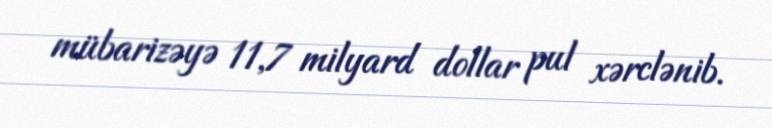
mübarizəyə 11,7 milyard dollar pul xərclənib.